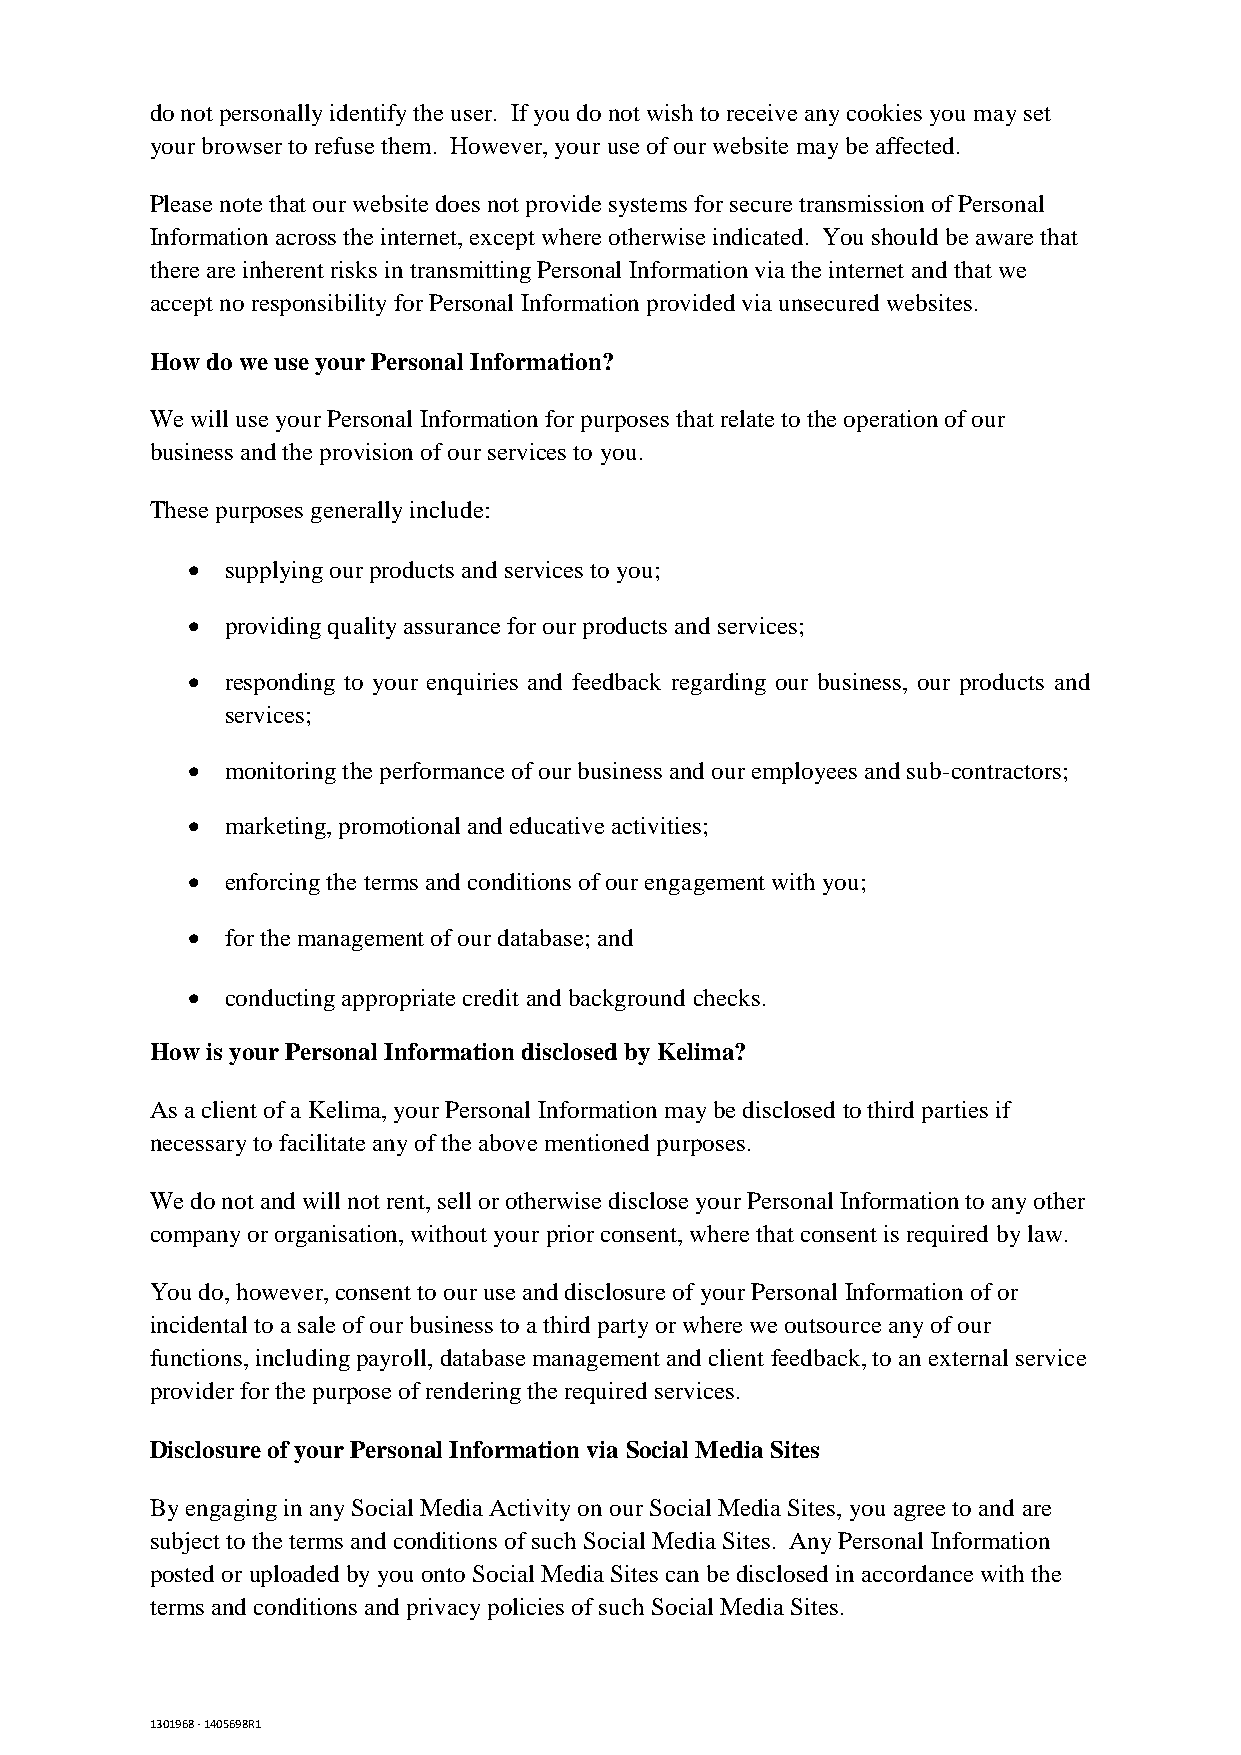
do not personally identify the user. If you do not wish to receive any cookies you may set
 your browser to refuse them. However, your use of our website may be affected.
 Please note that our website does not provide systems for secure transmission of Personal
 Information across the internet, except where otherwise indicated. You should be aware that
 there are inherent risks in transmitting Personal Information via the internet and that we
 accept no responsibility for Personal Information provided via unsecured websites.
 How do we use your Personal Information?
 We will use your Personal Information for purposes that relate to the operation of our
 business and the provision of our services to you.
 These purposes generally include:
   supplying our products and services to you;
   providing quality assurance for our products and services;
   responding to your enquiries and feedback regarding our business, our products and
 services;
   monitoring the performance of our business and our employees and sub-contractors;
   marketing, promotional and educative activities;
   enforcing the terms and conditions of our engagement with you;
   for the management of our database; and
   conducting appropriate credit and background checks.
 How is your Personal Information disclosed by Kelima?
 As a client of a Kelima, your Personal Information may be disclosed to third parties if
 necessary to facilitate any of the above mentioned purposes.
 We do not and will not rent, sell or otherwise disclose your Personal Information to any other
 company or organisation, without your prior consent, where that consent is required by law.
 You do, however, consent to our use and disclosure of your Personal Information of or
 incidental to a sale of our business to a third party or where we outsource any of our
 functions, including payroll, database management and client feedback, to an external service
 provider for the purpose of rendering the required services.
 Disclosure of your Personal Information via Social Media Sites
 By engaging in any Social Media Activity on our Social Media Sites, you agree to and are
 subject to the terms and conditions of such Social Media Sites. Any Personal Information
 posted or uploaded by you onto Social Media Sites can be disclosed in accordance with the
 terms and conditions and privacy policies of such Social Media Sites.
 1301968 - 1405698R1